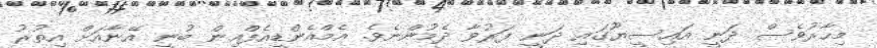
މިހާރުވެސް ދަނީ އައިސީޔޫގައި ދަނީ ފަރުވާ ދެމުންނެވެެ. އެމްއެންޑީއެފްއިން ބުނީ އޭނާއަށް އިތުރު